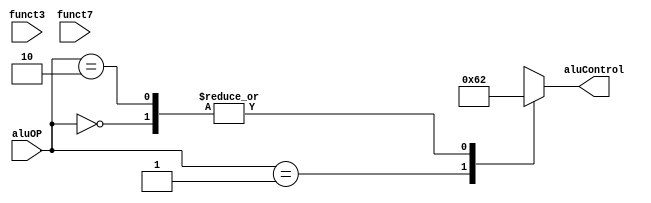
module alu_control
// IO ports
(
    input wire [1:0] aluOP,
    input wire [2:0] funct3,
    input wire       funct7,
    output reg [3:0] aluControl
);

// internal signal declaration
assign funct = {funct7, funct3};

// symbolic state representation
// aluOP
localparam [5:0]
           LOAD_STORE_OP = 2'b00,
           BEQ_OP        = 2'b01, 
           R_OP          = 2'b10;

// funct
localparam [3:0]
           R_ADD = 4'b0000,
           R_SUB = 4'b1000,
           R_AND = 4'b0111,
           R_OR  = 4'b0110;

// body
always @* 
begin
    case(aluOP)

        LOAD_STORE_OP:
            aluControl = 4'b0010;

        BEQ_OP:
            aluControl = 4'b0110;

        R_OP:
            begin
                case(funct)
                
                    R_ADD:
                        aluControl = 4'b0010;

                    R_SUB:
                        aluControl = 4'b0110;

                    R_AND:
                        aluControl = 4'b0000;

                    R_OR:
                        aluControl = 4'b0001;

                    default:
                        aluControl = 4'b0010;
                    
                endcase  
            end
        
        default:
            aluControl = 4'bx;

        endcase
end

endmodule